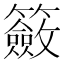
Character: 籢